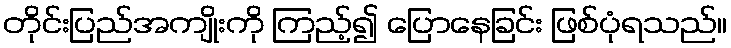
တိုင်းပြည်အကျိုးကို ကြည့်၍ ပြောနေခြင်း ဖြစ်ပုံရသည်။